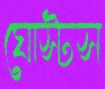
ঘোস্টস